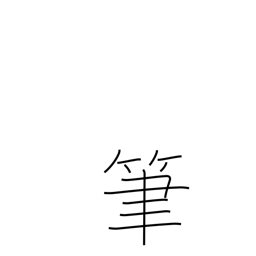
Meaning: writing